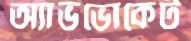
অ্যাভভোকেট